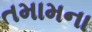
તમામના